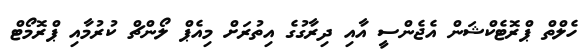
ހެލްތް ޕްރޮޓެކްޝަން އެޖެންސީ އާއި ދިރާގުގެ އިތުރަށް މިއެޕް ލޯންޗް ކުރުމާއި ޕްރޮމޯޓް